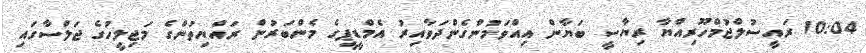
10:04 ރައީސުލްޖުމްހޫރިއްޔާ ރިޔާސީ ބަޔާން އިއްވަމުންގެންދަވާއިރު އެމްޑީޕީގެ މެންބަރުން ރައްޔިތުންގެ މަޖިލީހުގެ ޖަލްސާގައި